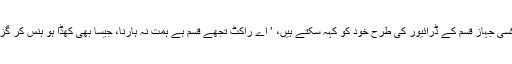
عوام کسی جہاز قسم کے ڈرائیور کی طرح خود کو کہہ سکتے ہیں، ’ اے راکٹ تجھے قسم ہے ہمت نہ ہارنا، جیسا بھی کھڈا ہو ہنس کر گزارنا‘ ۔